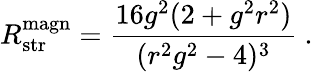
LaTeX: R_{\mathrm{str}}^{\mathrm{magn}}={\frac{16g^{2}(2+g^{2}r^{2})}{(r^{2}g^{2}-4)^{3}}}\ .